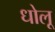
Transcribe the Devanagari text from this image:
धोलू